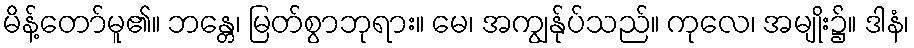
မိန့်တော်မူ၏။ ဘန္တေ၊ မြတ်စွာဘုရား။ မေ၊ အကျွန်ုပ်သည်။ ကုလေ၊ အမျိုး၌။ ဒါနံ၊